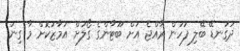
ދަގަނޑޭ ބޭލި ފަހުން ރާއްޖެ އަށް ބޫޓާންގެ ގޯލަށް އަމާޒުކޮށް މާ ގިނަ